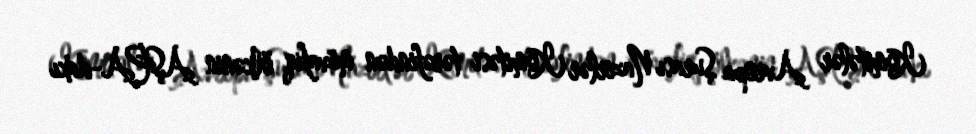
Komitələr Avropa Şurası Nazirlər Komitəsi tərəfindən müvafiq ölkənin AŞPA-dakı